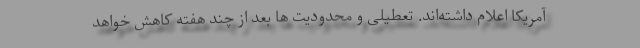
آمریکا اعلام داشته‌اند. تعطیلی و محدودیت ها بعد از چند هفته کاهش خواهد